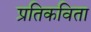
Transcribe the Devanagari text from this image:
प्रतिकविता